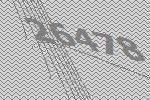
26478